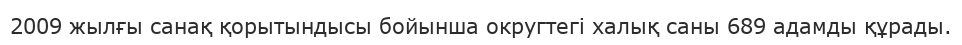
2009 жылғы санақ қорытындысы бойынша округтегі халық саны 689 адамды құрады.